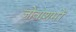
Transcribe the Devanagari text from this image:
जोवाशमों